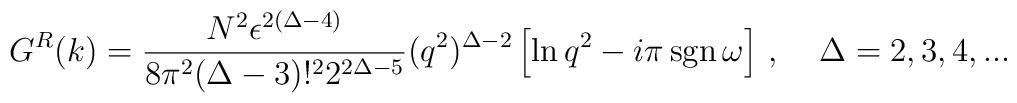
G^R (k) =  { N^2  \epsilon^{2(\Delta - 4 )}\over  8\pi^2(\Delta - 3)!^2  2^{2\Delta - 5} }  (q^2)^{\Delta - 2}\left[ \ln{q^2} - i \pi\,  \mbox{sgn}\, \omega\right]\,, \;\;\;\; \Delta = 2, 3, 4, ...